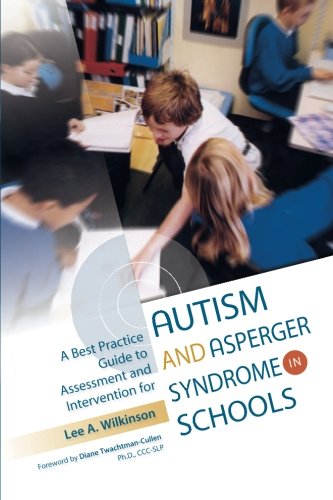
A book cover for A Best Practice Guide to Assessment and Intervention for Autism and Asperger Syndrome in Schools; Lee A. Wilkinson; Medical Books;